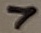
Text: 7